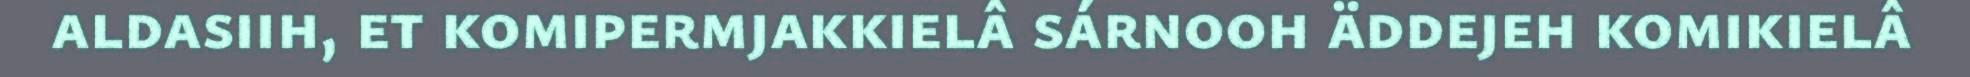
aldasiih, et komipermjakkielâ sárnooh äddejeh komikielâ